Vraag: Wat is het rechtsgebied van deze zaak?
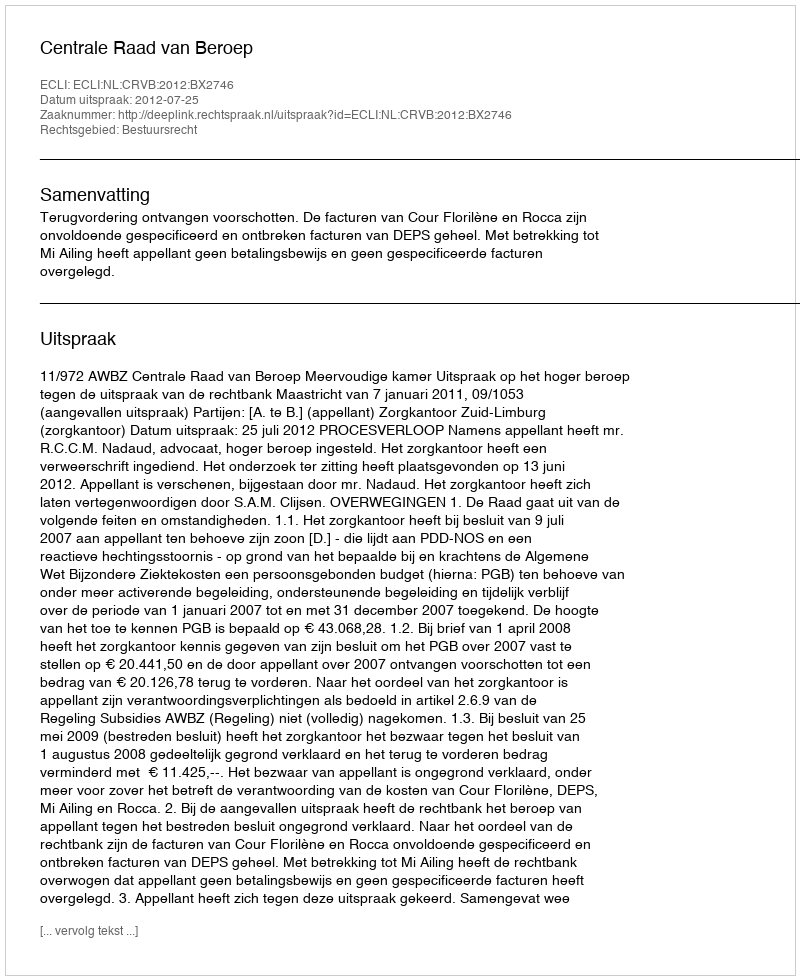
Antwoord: Bestuursrecht